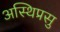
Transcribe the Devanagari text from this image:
अस्थिप्रसु